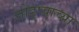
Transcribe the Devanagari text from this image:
जोड्प्याच्या